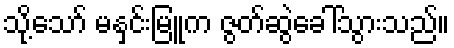
သို့သော် မနှင်းမြူက ဇွတ်ဆွဲခေါ်သွားသည်။